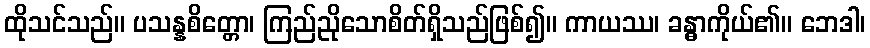
ထိုသင်သည်။ ပသန္နစိတ္တော၊ ကြည်ညိုသောစိတ်ရှိသည်ဖြစ်၍။ ကာယဿ၊ ခန္ဓာကိုယ်၏။ ဘေဒါ၊